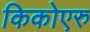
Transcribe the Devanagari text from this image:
किकोएरु